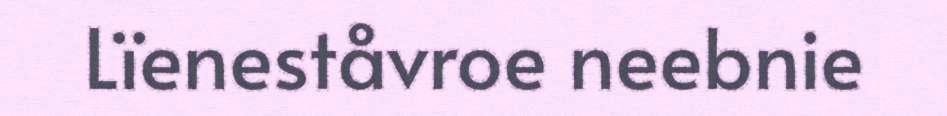
Lïeneståvroe neebnie